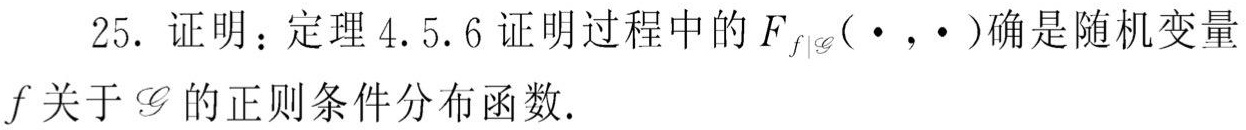
25. 证明：定理 4.5.6 证明过程中的 $F_{f|\mathscr{G}}(\cdot,\cdot)$ 确是随机变量 $f$ 关于 $\mathscr{G}$ 的正则条件分布函数.